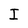
Character: I